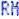
RM